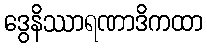
ဒွေနိဿာရဏာဒိကထာ